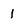
Character: 1